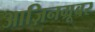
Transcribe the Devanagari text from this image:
आज़िनग्रूबर